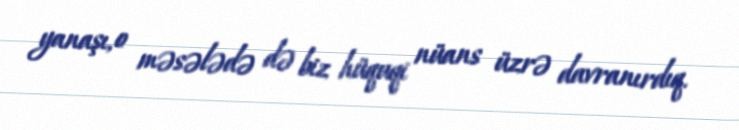
yanaşı, o məsələdə də biz hüquqi nüans üzrə davranırdıq.